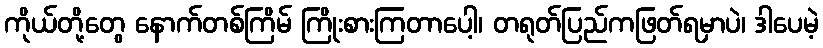
ကိုယ်တို့တွေ နောက်တစ်ကြိမ် ကြိုးစားကြတာပေါ့၊ တရုတ်ပြည်ကဖြတ်ရမှာပဲ၊ ဒါပေမဲ့